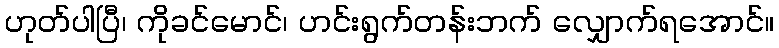
ဟုတ်ပါပြီ၊ ကိုခင်မောင်၊ ဟင်းရွက်တန်းဘက် လျှောက်ရအောင်။